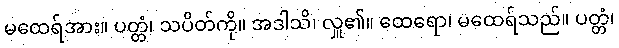
မထေရ်အား။ ပတ္တံ၊ သပိတ်ကို။ အဒါသိ၊ လှူ၏။ ထေရော၊ မထေရ်သည်။ ပတ္တံ၊